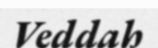
Veddah